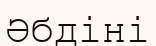
Әбдіні